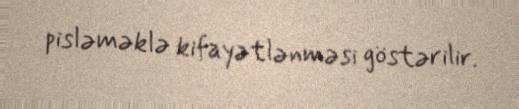
pisləməklə kifayətlənməsi göstərilir.